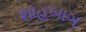
શાહબાગ